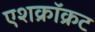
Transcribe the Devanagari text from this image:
एशक्रॉक्रट